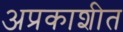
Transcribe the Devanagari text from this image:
अप्रकाशीत